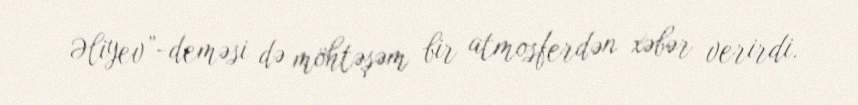
Əliyev”-deməsi də möhtəşəm bir atmosferdən xəbər verirdi.